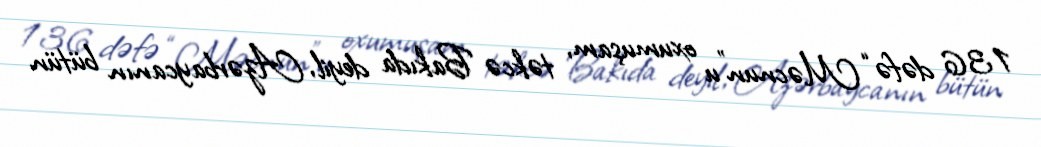
136 dəfə “Məcnun”u oxumuşam, təkcə Bakıda deyil, Azərbaycanın bütün